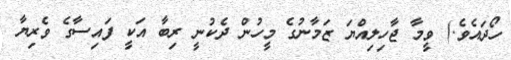
ހޯދައެވެ.) ވީމާ ޖާހިލިއްޔަ ޒަމާނުގެ މީހުން ދެކުނީ ރިބާ އަކީ ފައިސާގެ ވެރިޔާ